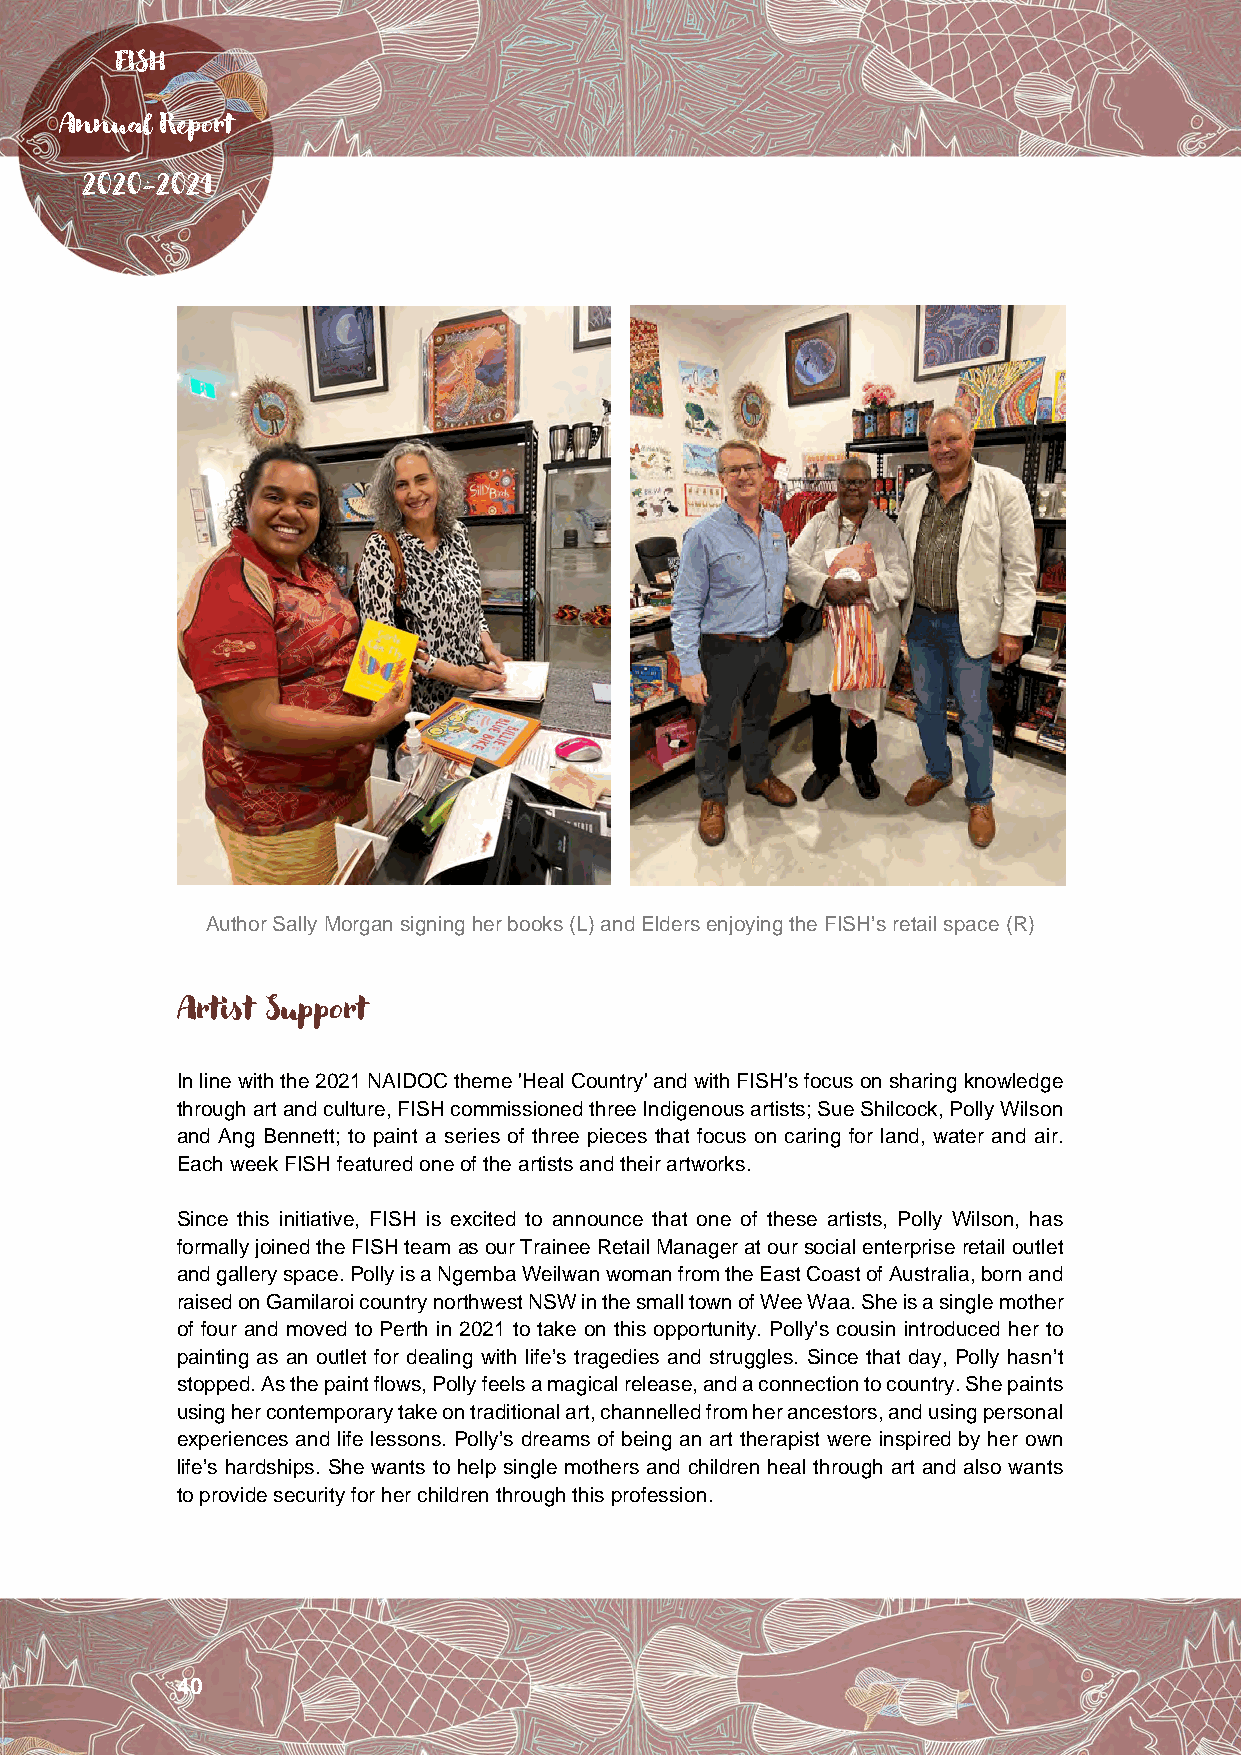
FISH
 Annual Report
 2020-2021
 Author Sally Morgan signing her books (L) and Elders enjoying the FISH’s retail space (R)
 Artist Support
 In line with the 2021 NAIDOC theme 'Heal Country' and with FISH's focus on sharing knowledge
 through art and culture, FISH commissioned three Indigenous artists; Sue Shilcock, Polly Wilson
 and Ang Bennett; to paint a series of three pieces that focus on caring for land, water and air.
 Each week FISH featured one of the artists and their artworks.
 Since this initiative, FISH is excited to announce that one of these artists, Polly Wilson, has
 formally joined the FISH team as our Trainee Retail Manager at our social enterprise retail outlet
 and gallery space. Polly is a Ngemba Weilwan woman from the East Coast of Australia, born and
 raised on Gamilaroi country northwest NSW in the small town of Wee Waa. She is a single mother
 of four and moved to Perth in 2021 to take on this opportunity. Polly’s cousin introduced her to
 painting as an outlet for dealing with life’s tragedies and struggles. Since that day, Polly hasn’t
 stopped. As the paint flows, Polly feels a magical release, and a connection to country. She paints
 using her contemporary take on traditional art, channelled from her ancestors, and using personal
 experiences and life lessons. Polly’s dreams of being an art therapist were inspired by her own
 life’s hardships. She wants to help single mothers and children heal through art and also wants
 to provide security for her children through this profession.
 40